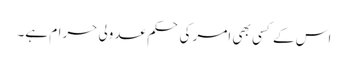
اس کے کسی بھی امر کی حکم عدولی حرام ہے۔